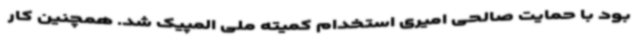
بود با حمایت صالحی امیری استخدام کمیته ملی المپیک شد. همچنین کار